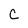
Character: c